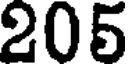
205